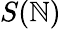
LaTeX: S(\mathbb{N})